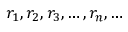
r _ { 1 } , r _ { 2 } , r _ { 3 } , \ldots , r _ { n } , \ldots